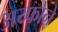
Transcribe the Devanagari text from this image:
अय्फोने